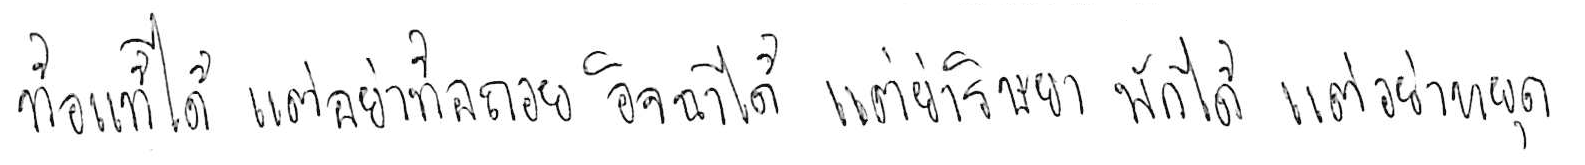
ท้อแท้ได้ แต่อย่าท้อถอย อิจฉาได้ แต่อย่าริษยา พักได้ แต่อย่าหยุด